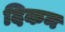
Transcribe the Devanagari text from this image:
दिकन